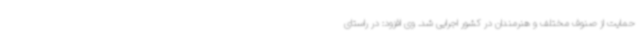
حمایت از صنوف مختلف و هنرمندان در کشور اجرایی شد. وی افزود: در راستای